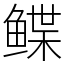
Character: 鲽